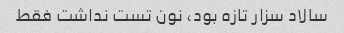
سالاد سزار تازه بود، نون تست نداشت فقط